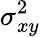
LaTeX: \sigma_{xy}^{2}